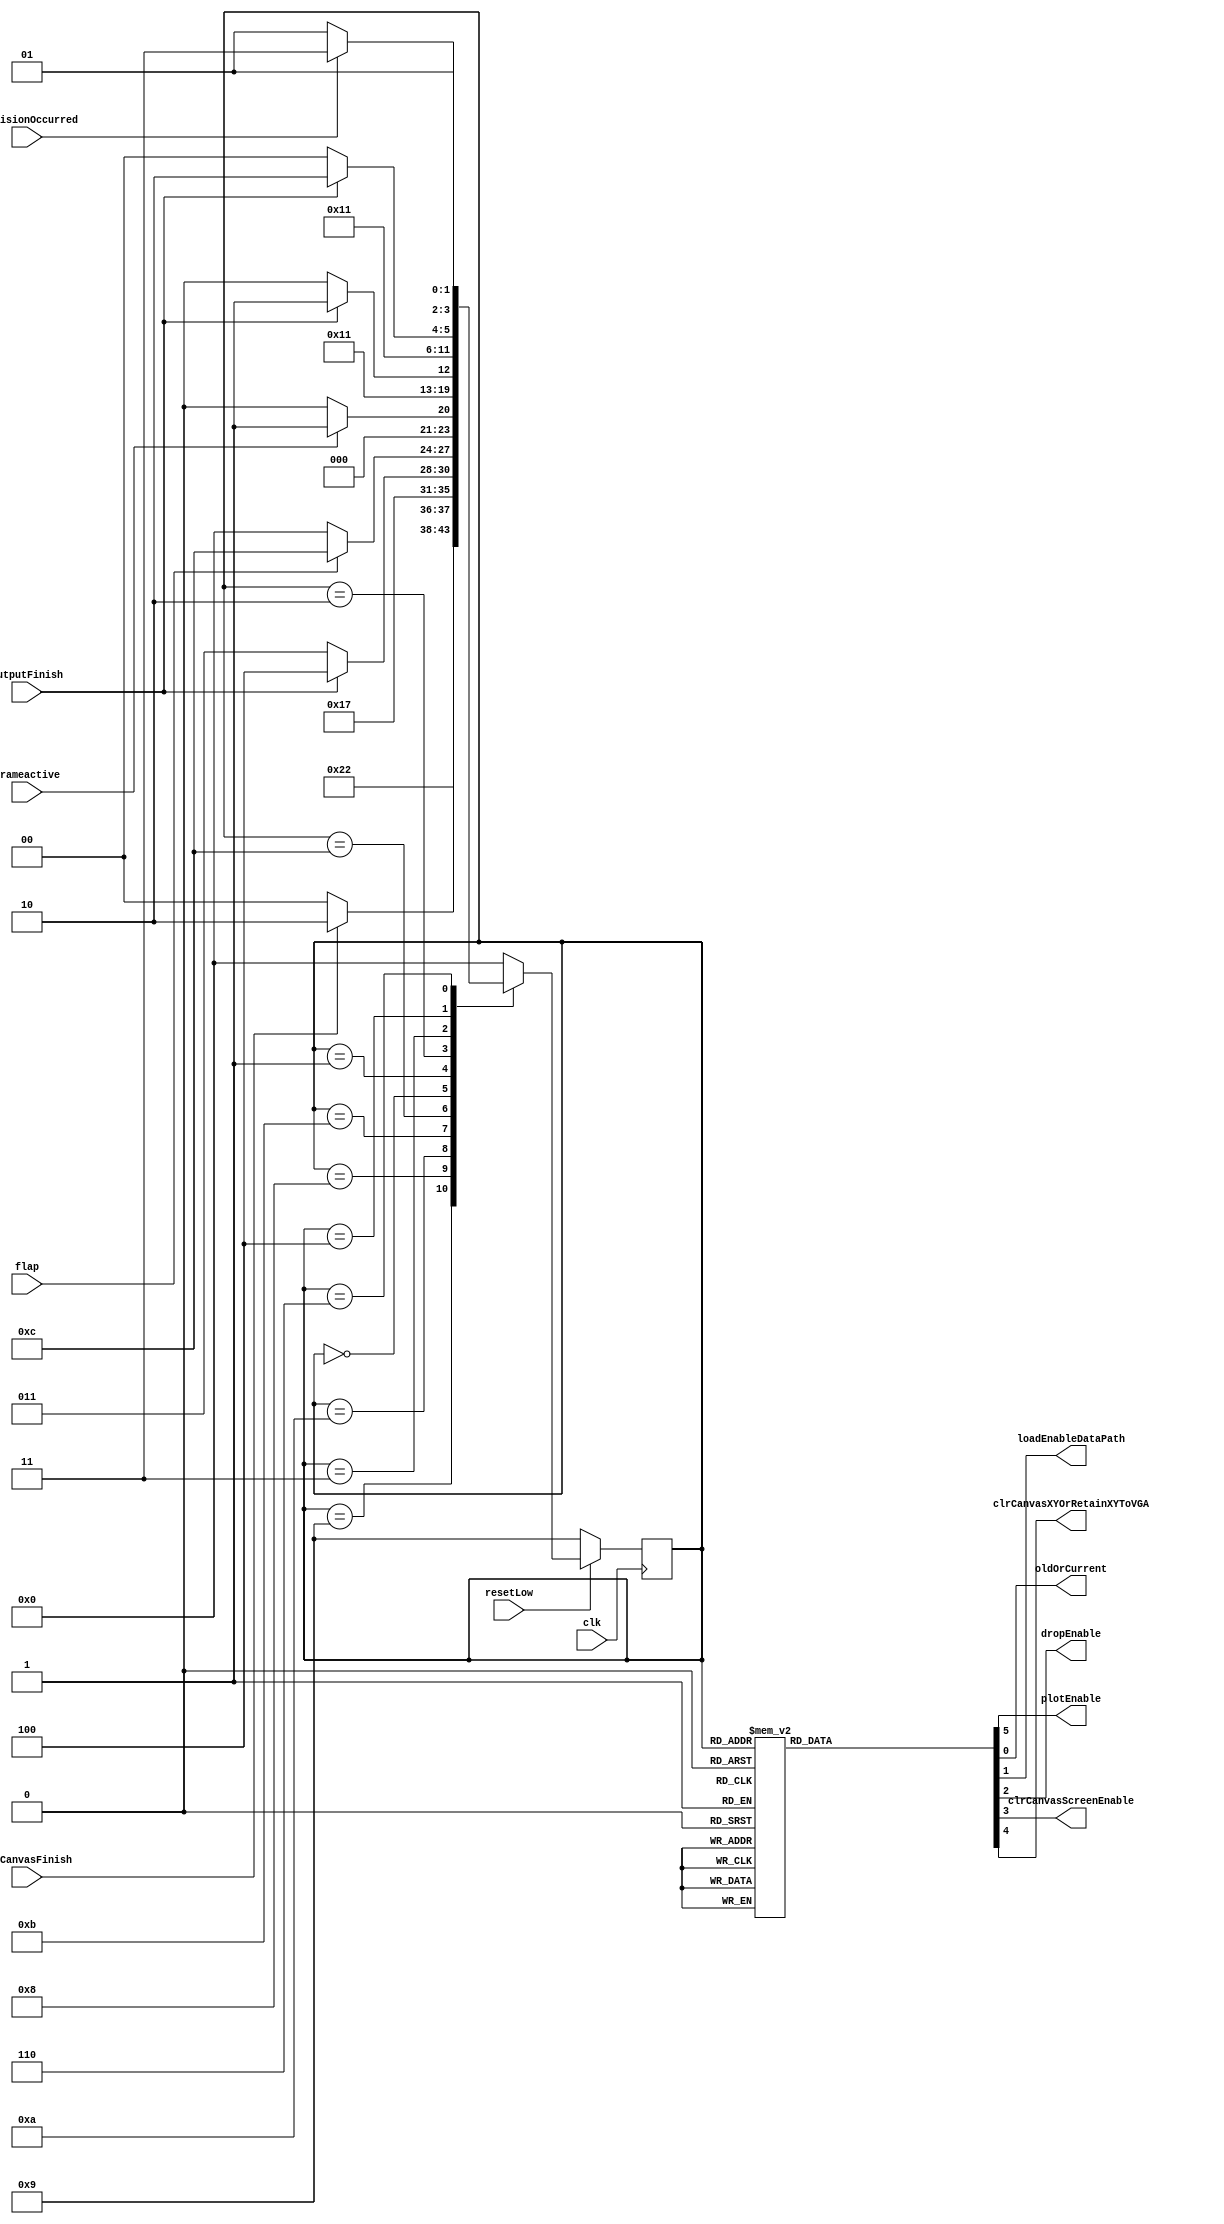
module controller(flap, clk, frameactive, resetLow, outputFinish, collisionOccurred, clrCanvasFinish, plotEnable, 
			oldOrCurrent, loadEnableDataPath, dropEnable, clrCanvasScreenEnable, clrCanvasXYOrRetainXYToVGA);
			
	input flap;
	input frameactive;
	input clk;
	input resetLow;
	input outputFinish;
	input collisionOccurred;
	input clrCanvasFinish;
	output reg plotEnable;
	output reg oldOrCurrent;
	output reg loadEnableDataPath;
	output reg dropEnable;
	output reg clrCanvasScreenEnable;
	output reg clrCanvasXYOrRetainXYToVGA;
	
   localparam  waitOnFrameDone = 4'd0, // wait on frame count completion (see frameCounter)
               eraseSetUp = 4'd1,
					erase = 4'd2,
					nextVisualSetUp = 4'd3,
					nextVisual = 4'd4,
					continuation = 4'd5,
					checkForCollision = 4'd6,
					collisionState = 4'd7,
					clrCanvas = 4'd8, // BLACK SCREEN, (count and then plot pixels)
					clrCanvasSetUp = 4'd9, // load stage for clrCanvas (clr values for XY etc)
					initialFrameSetUp = 4'd10, // load stage for initial frame
					initialFrame = 4'd11,
					waitForFlap = 4'd12; // wait on first flap (key[0] press) to start game
   
	reg [3:0] next_state;
	reg [3:0] current_state;
	
   // Next state logic aka our state table
   always@(*)
   begin: state_table 
           case (current_state) 
					clrCanvasSetUp: 		next_state = clrCanvas; //press KEY[0] (reset) once game initialized to properly clrCanvas, load stage for clrCanvas
					clrCanvas:				next_state = clrCanvasFinish ? initialFrameSetUp : clrCanvas; // wait on clrCanvasFinish signal true, all clrCanvas computation done and plotted
					initialFrameSetUp: 	next_state = initialFrame; // settting up pipe, first coin, bird starting pixel
					initialFrame: 			next_state = outputFinish ? waitForFlap : initialFrame; //loop till first screen finished generation
					waitForFlap: 			next_state = flap ? waitForFlap : waitOnFrameDone; //loop till key[0] (flap) pressed to start game
					waitOnFrameDone: 		next_state = frameactive ? eraseSetUp : waitOnFrameDone; //loop til frame complete (frame count to zero)
					eraseSetUp: 			next_state = erase; //load stage for erase, erase is for cleaning last position of visuals in preparation for next pos of visuals (animation!)
					erase: 					next_state = outputFinish ? nextVisualSetUp: erase; //loop here till its done plotting
					nextVisualSetUp: 		next_state = nextVisual; //load stage for next frame, prev position erased, so now load up values for next continuationment (frame)
               nextVisual: 			next_state = outputFinish ? checkForCollision : nextVisual; //loop stage till frame complete (frame count to zero)
					checkForCollision: 	next_state = collisionOccurred ? collisionState : continuation; //check if collision has occured
					continuation: 			next_state = waitOnFrameDone; // if no collision, continue continuationment
					collisionState: 		next_state = waitOnFrameDone; // if collision. In datapath if crash occured then x coordinate stops and gravity is solely applied, causing straight vertical down fall.
					default:     next_state = waitOnFrameDone;
       endcase
   end // state_table
   
	// current_state registers
   always@(posedge clk)
   begin: state_FFs
		if(!resetLow)
			begin
				current_state <= clrCanvasSetUp;
			end
      else
           current_state <= next_state;
   end // state_FFS
	
	always @(*)
	begin: enable_signals
		dropEnable = 1'b0;
		clrCanvasScreenEnable = 1'b0;
		clrCanvasXYOrRetainXYToVGA = 1'b1;
		plotEnable = 1'b0;
		loadEnableDataPath = 1'b0;
		oldOrCurrent = 1'b0;
		case (current_state)
			waitOnFrameDone:	plotEnable = 1'b0;
			eraseSetUp: begin // we need to erase previosuly made items in preparation for next visuals (erase prev frame for next frame, animation!)
				loadEnableDataPath = 1'b1;// enable load to datapath BUT set oldOrCurrent to 0 so dataPath knows old pos of visuals are being recontinuationd.
				oldOrCurrent = 1'b0;
			end
			erase: begin // erase is plotted, all prev positions are plotted in white and will then be overwritten with new positions (in next state)
				loadEnableDataPath = 1'b0;
				plotEnable = 1'b1;
			end
			nextVisualSetUp: begin // set up values for next continuationment of visuals (prev pos been erased in prev state)
				loadEnableDataPath = 1'b1;
				oldOrCurrent = 1'b1;
			end
			nextVisual: begin // draw the newly positioned visuals
				loadEnableDataPath = 1'b0;
				plotEnable = 1'b1;
			end
			continuation: begin
				dropEnable = 1'b1; //gravity enabled
			end
			collisionState: begin
				dropEnable = 1'b1; //gravity enabled (vertically down, as in datapath x is halted from change)
			end
			clrCanvasSetUp: begin
				clrCanvasScreenEnable = 1'b1; //Start clrCanvas computation for x and y coordinates (black screen) (see datapath_clrCanvas)
				clrCanvasXYOrRetainXYToVGA = 1'b0; //Pass in clrCanvased XY to vga (low for clrCanvased XY)
			end
			clrCanvas: begin //BLACK SCREEN
				clrCanvasScreenEnable = 1'b0; //Start count for pixels plot
				clrCanvasXYOrRetainXYToVGA = 1'b0;
				plotEnable = 1'b1; // Plot enabled to vga
			end
			initialFrameSetUp: begin
				loadEnableDataPath = 1'b1; // Start pipe, coin(first coin), and player creation for initial frame generation (starting screen)
				oldOrCurrent = 1'b1; //No pipes made previosuly so they are current, (no moving animation at this point)
			end
			initialFrame: begin
				loadEnableDataPath = 1'b0; // start count for pixels plot(bird, pipes, coin), pass to vga
				plotEnable = 1'b1; // plot enabled to vga, plot the pixels
			end
		endcase
	end
	
endmodule